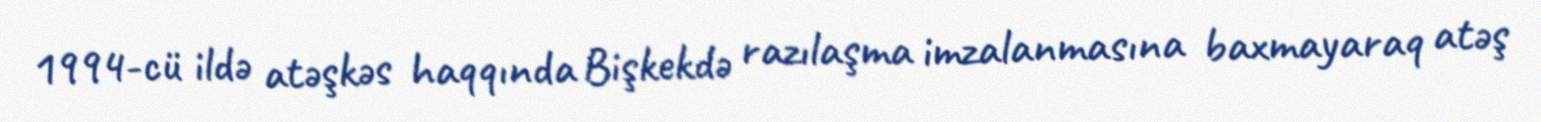
1994-cü ildə atəşkəs haqqında Bişkekdə razılaşma imzalanmasına baxmayaraq atəş